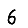
Digit: 6